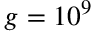
g = 1 0 ^ { 9 }